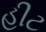
હીટ